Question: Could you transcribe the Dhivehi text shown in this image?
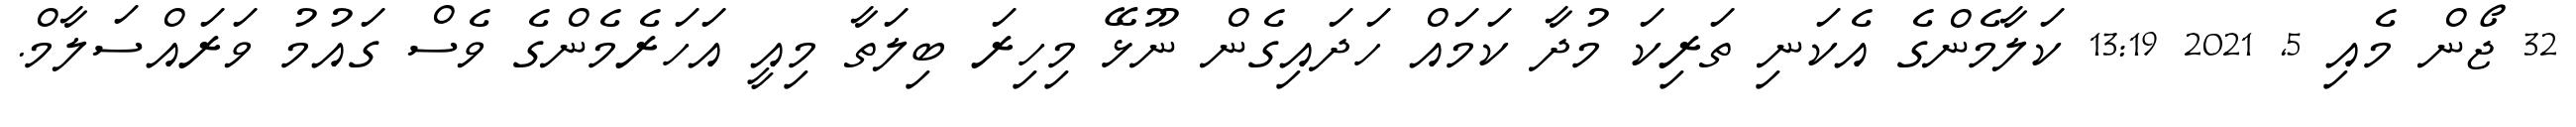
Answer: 32 ޖޯން މެއި 5, 2021 13:19 ކަލާމެންގެ އެކަނި ތަރިކަ މުދާ ކަމައް ހަދައިގެން ނޫޅޭ މިހިރަ ބިލަތާ މިއީ އަހަރެމެންގެ ވެސް ގައުމު ވަރައްސަލާމް.